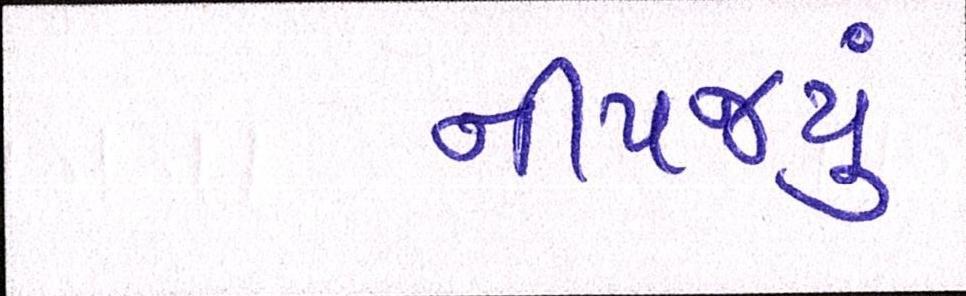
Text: નીપજ્યું